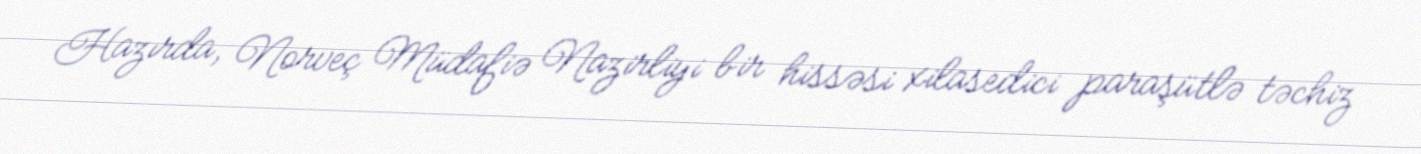
Hazırda, Norveç Müdafiə Nazirliyi bir hissəsi xilasedici paraşütlə təchiz